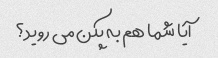
آیا شما هم به پکن می روید؟